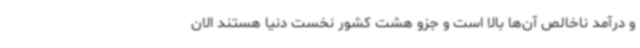
و درآمد ناخالص‌ آن‌ها بالا است و جزو هشت کشور نخست دنیا هستند الان